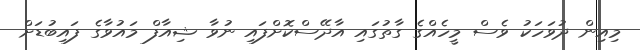
މިއިން ދުވަހަކު ވެސް މީހެއްގެ ގާތުގައި އާދޭސްކޮށްފައި ނުވާ ޝިއާފް މައުވާގެ ފައިބުޑަށް